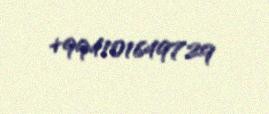
+994101649729